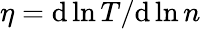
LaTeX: \eta={\mathrm{d}}\ln T/{\mathrm{d}}\ln n